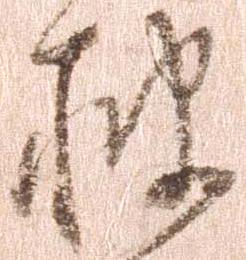
被